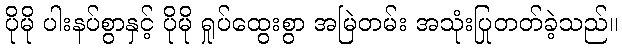
ပိုမို ပါးနပ်စွာနှင့် ပိုမို ရှုပ်ထွေးစွာ အမြဲတမ်း အသုံးပြုတတ်ခဲ့သည်။